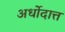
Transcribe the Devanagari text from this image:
अर्धोदात्त